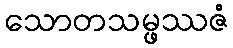
သောတသမ္ဖဿဇံ